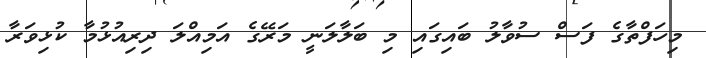
މިހަފްތާގެ ފަސް ސުވާލު ބައިގައި މި ބަލާލަނީ މަރޭގެ އަމިއްލަ ދިރިއުޅުމާ ކުޅިވަރާ